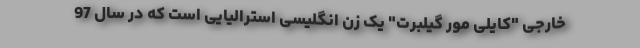
خارجی "کایلی مور گیلبرت" یک زن انگلیسی استرالیایی است که در سال 97